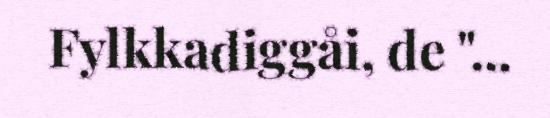
Fylkkadiggåi, de "...